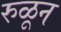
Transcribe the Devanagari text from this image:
रुळून